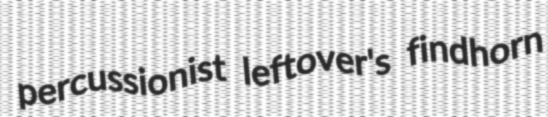
percussionist leftover's findhorn